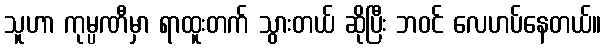
သူဟာ ကုမ္ပဏီမှာ ရာထူးတက် သွားတယ် ဆိုပြီး ဘဝင် လေဟပ်နေတယ်။